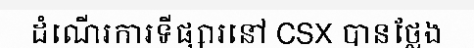
ដំណើរការទីផ្សារនៅ CSX បានថ្លែង